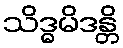
သိဒ္ဓမိဒန္တိ